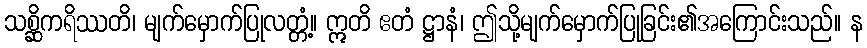
သစ္ဆိကရိဿတိ၊ မျက်မှောက်ပြုလတ္တံ့။ ဣတိ ဧတံ ဋ္ဌာနံ၊ ဤသို့မျက်မှောက်ပြုခြင်း၏အကြောင်းသည်။ န